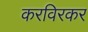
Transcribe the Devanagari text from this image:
करविरकर